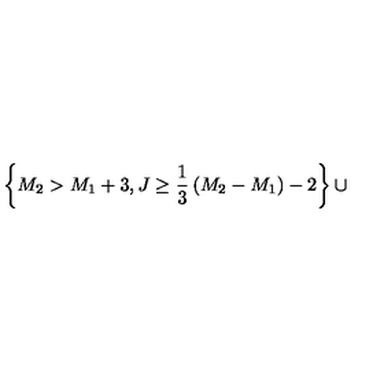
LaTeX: \left\{ M _ { 2 } > M _ { 1 } + 3 , J \ge { \frac { 1 } { 3 } } \left( M _ { 2 } - M _ { 1 } \right) - 2 \right\} \cup